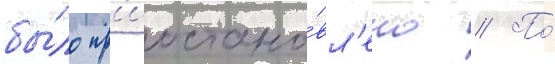
бы́ло пр'иостано́вл'ено // По́